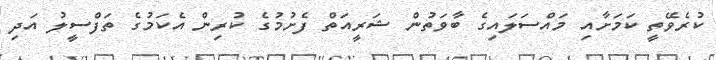
ކުރެވޭތީ ކަމަށާއި މައްސަލައިގެ ބާވަތުން ޝަރީއަތް ފެށުމުގެ ކުރިން އެކަމުގެ ތަފްސީލު އަދި